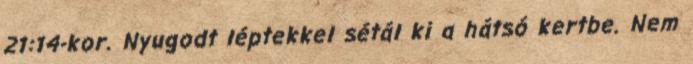
21:14-kor. Nyugodt léptekkel sétál ki a hátsó kertbe. Nem